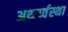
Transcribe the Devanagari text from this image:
अर्थ्व्य्वस्था